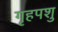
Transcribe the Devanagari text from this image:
गृहपशु